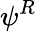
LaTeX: \psi^{R}